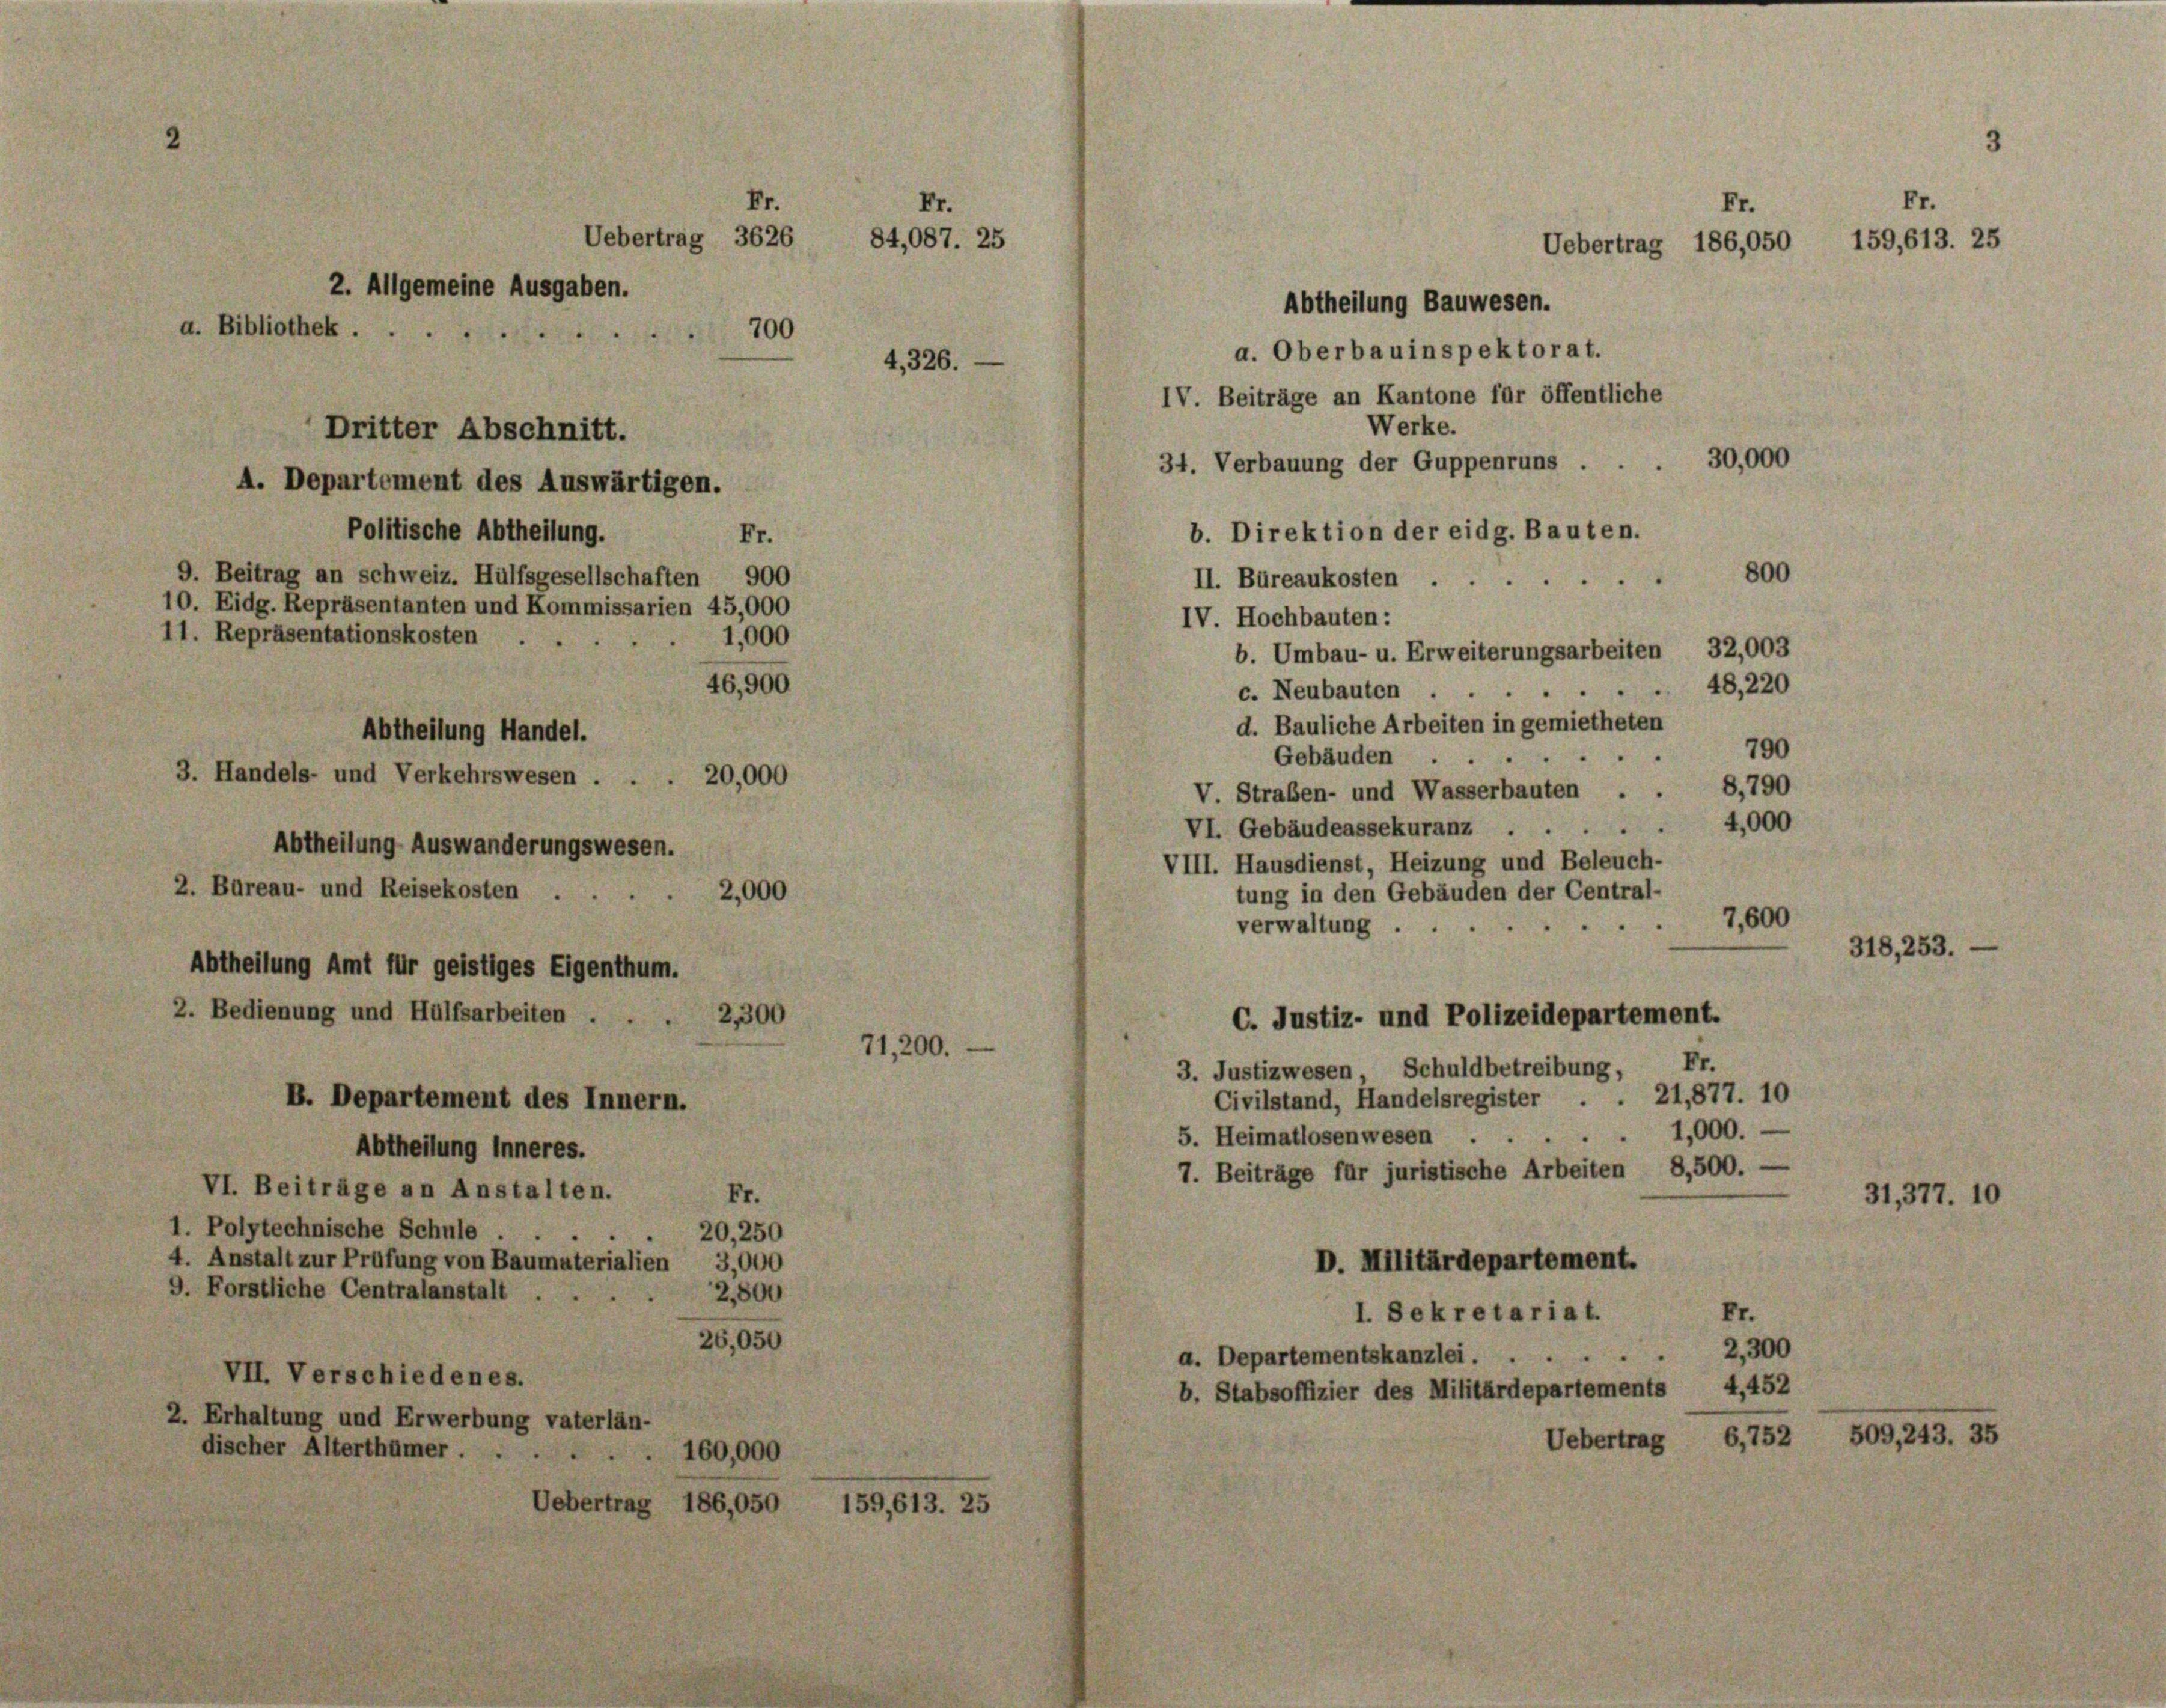
Fr.
Uebertrag 3626
2. Allgemeine Ausgaben.
a. Bibliothek.
.
Dritter Abschnitt.
A. Departement des Auswärtigen.
Politische Abtheilung.
Fr.
9. Beitrag an Schweiz. Hülfsgesellschaften 900
10. Eidg. Repräsentanten und Kommissarien 45,000
11. Repräsentationskosten
1,000
46,900
Abtheilung Handel.
3. Handels- und Verkehrswesen . . . 20,000
Abtheilung Auswanderungswesen.

Abtheilung Amt für geistiges Eigenthum.
2. Bedienung und Hülfsarbeiten.
B. Departement des Innern.

700
4,326.

2. Bureau- und Reisekosten ...
Abtheilung Inneres.
VI. Beiträge an Anstalten.
Fr.
1. Polytechnische Schule.
20,250
4. Anstalt zur Prüfung von Baumaterialien 3,000
9. Forstliche Centralanstalt
2,800
26,050
VII. Verschiedenes.
2. Erhaltung und Erwerbung vaterlän-
discher Alterthümer.
 160,000
Uebertrag 186,050 159,613. 25

2,300

2,000

Fr.
84,087. 25

71,200.

Fr.
Uebertrag 186,050
Abtheilung Bauwesen.
a. Oberbauinspektorat.
IV. Beiträge an Kantone für öffentliche
Werke.
34. Verbauung der Guppenruns . . . 30,000
b. Direktion der eidg. Bauten.
800
II. Bureaukosten

IV. Hochbauten:
b. Umbau- u. Erweiterungsarbeiten 32,003
48, 220
c. Neubauten ..
d. Bauliche Arbeiten in gemietheten
790
Gebäuden ..
V. Straßen- und Wasserbauten . . 8,790
4,000
VI. Gebäudeassekuranz . .
VIII. Hausdienst, Heizung und Beleuch-
tung in den Gebäuden der Central-
7,600
verwaltung
C. Justiz- und Polizeidepartement.
3. Justizwesen Schuldbetreibung, Fr.
21,877. 10
Civilstand, Handelsregister
1,000.
5. Heimatlosenwesen
7. Beiträge für juristische Arbeiten 8,500. -
D. Militärdepartement.
Fr.
I. Sekretariat.
2,300
a. Departementskanzlei . .
4,452
b. Stabsoffizier des Militärdepartements
6,752 509, 243. 35
Uebertrag

Fr.
159,613. 25

31,377. 10

318, 253. —